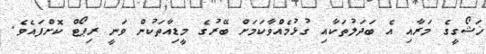
ޚަޝޯގީގެ މަރާއި އެ ބަދަލުތަކާއި ގުޅުމެއްވާކަމަށް ބޭރުގެ މީޑިއާތަކުން ވަނީ ރިޕޯޓް ކޮށްފައެވެ.